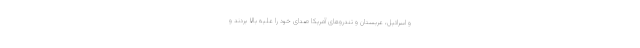
و اسرائیل، عربستان و تندروهای آمریکا صدای خود را علیه بالا بردند و